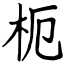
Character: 枙